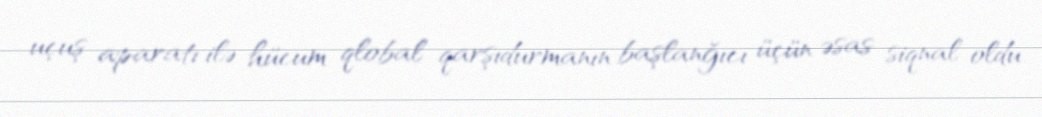
uçuş aparatı ilə hücum qlobal qarşıdurmanın başlanğıcı üçün əsas siqnal oldu.